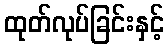
ထုတ်လုပ်ခြင်းနှင့်